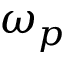
\omega _ { p }